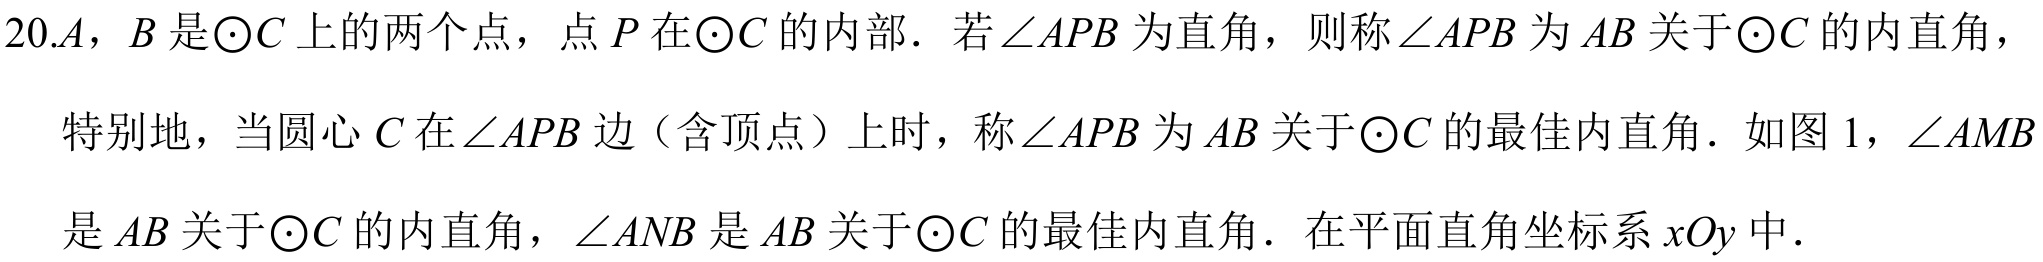
20.\(A\)，\(B\) 是\(\odot C\) 上的两个点，点 \(P\) 在\(\odot C\) 的内部．若\(\angle APB\) 为直角，则称\(\angle APB\) 为 \(AB\) 关于\(\odot C\) 的内直角，
特别地，当圆心 \(C\) 在\(\angle APB\) 边（含顶点）上时，称\(\angle APB\) 为 \(AB\) 关于\(\odot C\) 的最佳内直角．如图 1，\(\angle AMB\)
是 \(AB\) 关于\(\odot C\) 的内直角，\(\angle ANB\) 是 \(AB\) 关于\(\odot C\) 的最佳内直角．在平面直角坐标系 \(xOy\) 中．